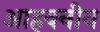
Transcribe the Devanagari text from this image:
आहवनीय